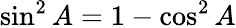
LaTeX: \sin^{2}A=1-\cos^{2}A